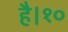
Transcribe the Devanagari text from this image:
है।१०